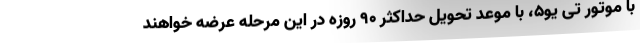
با موتور تی یو۵، با موعد تحویل حداکثر ۹۰ روزه در این مرحله عرضه خواهند